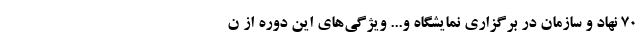
۷۰ نهاد و سازمان در برگزاری نمایشگاه و... ویژگی‌های این دوره از ن